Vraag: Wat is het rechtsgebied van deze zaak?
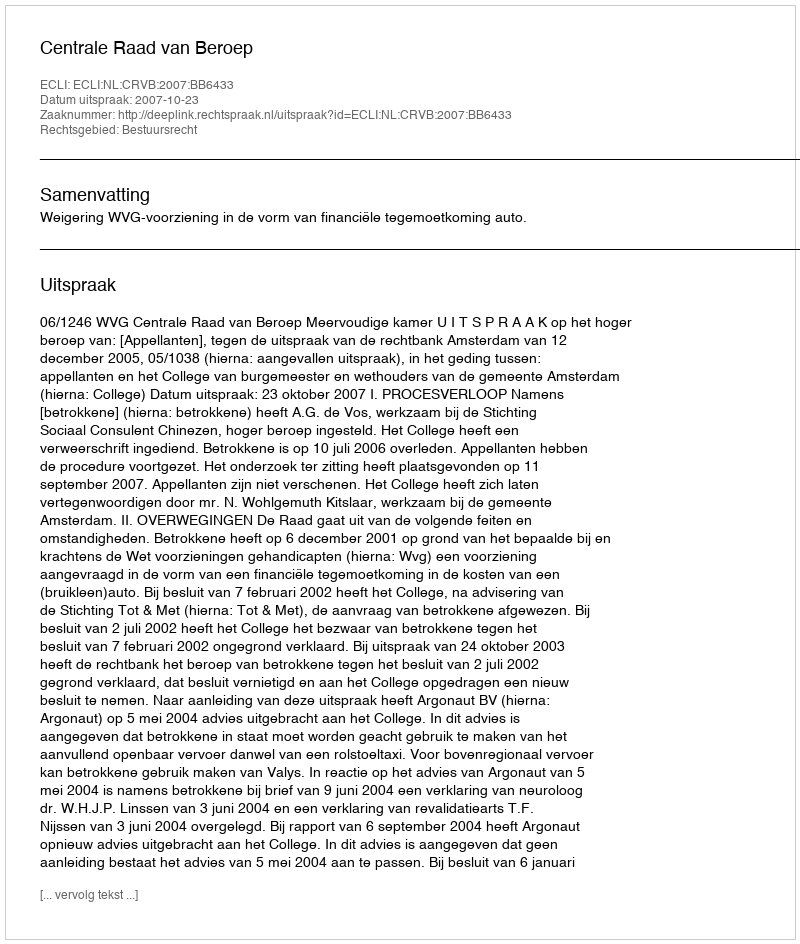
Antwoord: Bestuursrecht